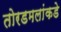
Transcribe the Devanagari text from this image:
तोरडमलांकडे